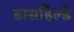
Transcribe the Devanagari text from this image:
डासहिल्डे